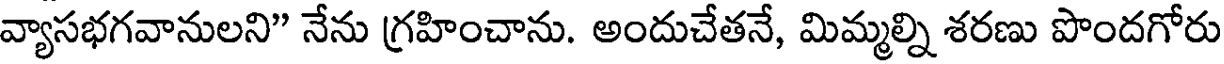
వ్యాసభగవానులని" నేను గ్రహించాను. అందుచేతనే, మిమ్మల్ని శరణు పొందగోరు